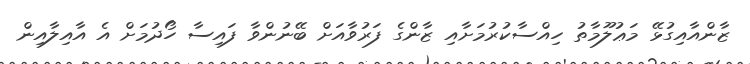
ޒާންއާއިގުޅޭ މަޢުލޫމާތު ހިއްސާކުރުމަށާއި ޒާންގެ ފަރުވާއަށް ބޭނުންވާ ފައިސާ ހޯދުމަށް އެ އާއިލާއިން